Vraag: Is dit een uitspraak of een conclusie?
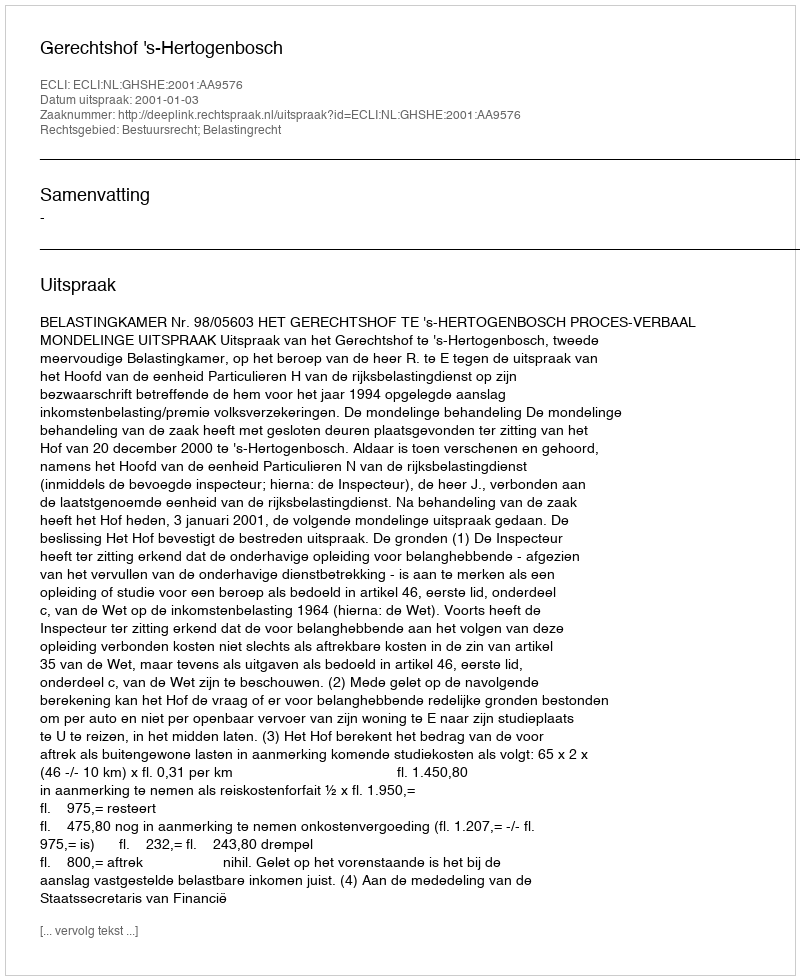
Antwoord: Uitspraak